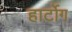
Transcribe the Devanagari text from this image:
हार्टोग